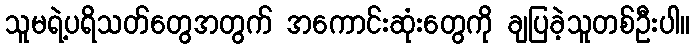
သူမရဲ့ပရိသတ်တွေအတွက် အကောင်းဆုံးတွေကို ချပြခဲ့သူတစ်ဦးပါ။